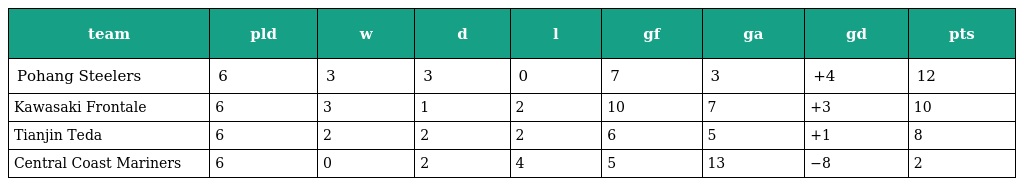
| team | pld | w | d | l | gf | ga | gd | pts |
 | --- | --- | --- | --- | --- | --- | --- | --- | --- |
 | Pohang Steelers | 6 | 3 | 3 | 0 | 7 | 3 | +4 | 12 |
 | Kawasaki Frontale | 6 | 3 | 1 | 2 | 10 | 7 | +3 | 10 |
 | Tianjin Teda | 6 | 2 | 2 | 2 | 6 | 5 | +1 | 8 |
 | Central Coast Mariners | 6 | 0 | 2 | 4 | 5 | 13 | −8 | 2 |